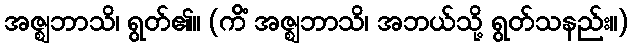
အဇ္ဈဘာသိ၊ ရွတ်၏။ (ကိံ အဇ္ဈဘာသိ၊ အဘယ်သို့ ရွတ်သနည်း။)